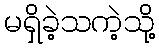
မရှိခဲ့သကဲ့သို့